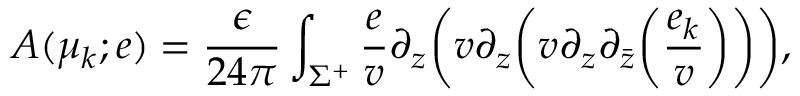
{ \cal A } ( \mu _ { k } ; e ) = { \frac { \epsilon } { 2 4 \pi } } \int _ { \Sigma ^ { + } } { \frac { e } { v } } \partial _ { z } \bigg ( v \partial _ { z } \bigg ( v \partial _ { z } \partial _ { \bar { z } } \bigg ( { \frac { e _ { k } } { v } } \bigg ) \bigg ) \bigg ) ,